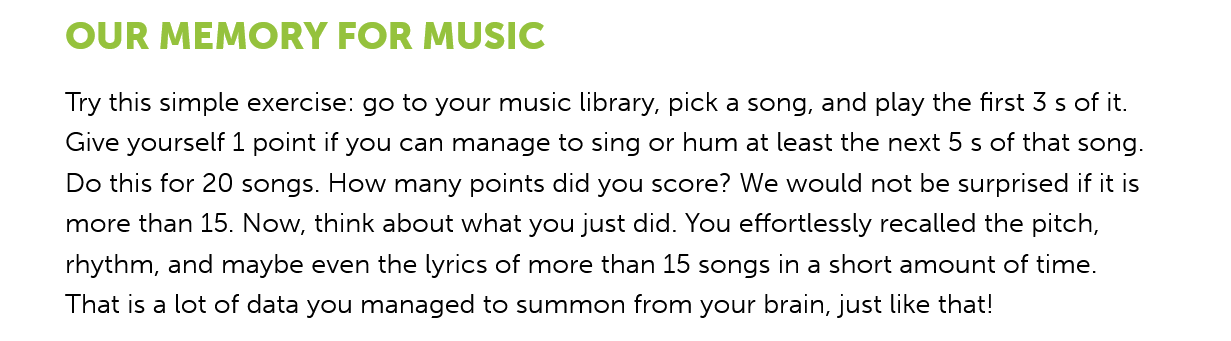
OUR    MEMORY    FOR    MUSIC
     Try this simple exercise: go to your music library, pick a song, and play the first 3 s of it.
     Give yourself 1 point if you can manage to sing or hum at least the next 5 s of that song.
     Do this for 20 songs. How many points did you score? We would not be surprised if it is
     more than 15. Now, think about what you just did. You effortlessly recalled the pitch,
     rhythm, and maybe even the lyrics of more than 15 songs in a short amount of time.
     That is a lot of data you managed to summon from your brain, just like that!